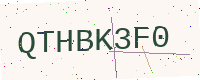
Text: QTHBK3F0